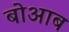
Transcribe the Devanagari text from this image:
बोआब